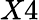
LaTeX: X4